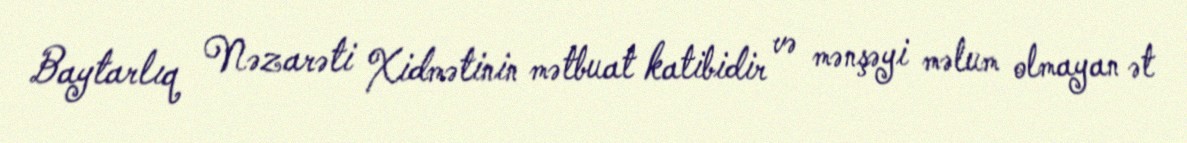
Baytarlıq Nəzarəti Xidmətinin mətbuat katibidir və mənşəyi məlum olmayan ət